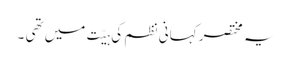
یہ مختصر کہانی نظم کی ہیّت میں تھی ۔